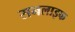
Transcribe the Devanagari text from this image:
सनलाइफ